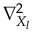
\nabla _ { X _ { l } } ^ { 2 }